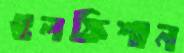
গুলফিশান